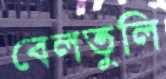
বেলতুলি